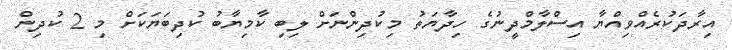
އިރާދަކުރެއްވިއްޔާ އިސްލާމްދީނުގެ ހިދާޔަތު މިކުދިންނަށް ލިބި ކާމިޔާބު ކުދިބަޔަކަށް މި 2 ކުދިން